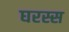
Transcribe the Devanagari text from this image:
घरस्स